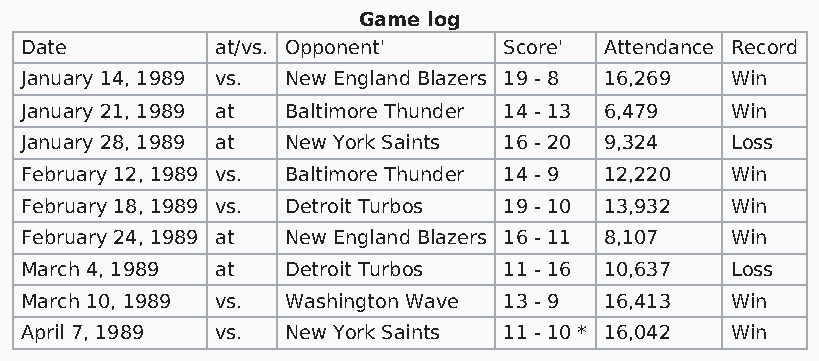
Game log
 Date         at/vs. Opponent'   Score' Attendance Record
 January 14, 1989 vs. New England Blazers 19 - 8 16,269 Win
 January 21, 1989 at Baltimore Thunder 14 - 13 6,479 Win
 January 28, 1989 at New York Saints 16 - 20 9,324 Loss
 February 12, 1989 vs. Baltimore Thunder 14 - 9 12,220 Win
 February 18, 1989 vs. Detroit Turbos 19 - 10 13,932 Win
 February 24, 1989 at New England Blazers 16 - 11 8,107 Win
 March 4, 1989 at  Detroit Turbos 11 - 16 10,637 Loss
 March 10, 1989 vs. Washington Wave 13 - 9 16,413 Win
 April 7, 1989 vs. New York Saints 11 - 10 * 16,042 Win